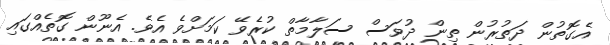
އެގޮތުން ދަތުރުން ތިން ދުވަސް ސަލާމާތް ކުރެވޭ ކަމަށްވެ އެވެ. އެނޫން ގޮތެއްގައި